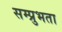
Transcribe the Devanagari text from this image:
सम्प्रुभता